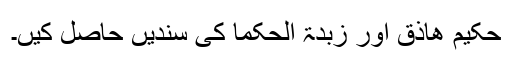
حکیم ھاذق اور زبدۃ الحکما کی سندیں حاصل کیں۔